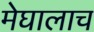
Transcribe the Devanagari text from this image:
मेघालाच